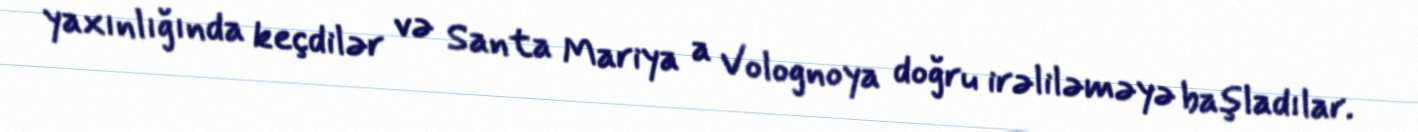
yaxınlığında keçdilər və Santa Mariya a Volognoya doğru irəliləməyə başladılar.